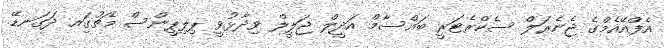
އެފްއޭއެމްގެ ޖެނެރަލް ސެކްރެޓަރީ ބައްސާމް އަދީލް ޖަލީލް ވިދާޅުވީ ޕިލިޕީންސް މެޗުގަިއ ދަގަނޑޭ